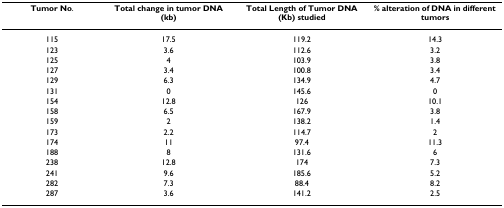
| Tumor No. | Total change in tumor DNA (kb) | Total Length of Tumor DNA (Kb) studied | % alteration of DNA in different tumors |
 | --- | --- | --- | --- |
 | 115 | 17.5 | 119.2 | 14.3 |
 | 123 | 3.6 | 112.6 | 3.2 |
 | 125 | 4 | 103.9 | 3.8 |
 | 127 | 3.4 | 100.8 | 3.4 |
 | 129 | 6.3 | 134.9 | 4.7 |
 | 131 | 0 | 145.6 | 0 |
 | 154 | 12.8 | 126 | 10.1 |
 | 158 | 6.5 | 167.9 | 3.8 |
 | 159 | 2 | 138.2 | 1.4 |
 | 173 | 2.2 | 114.7 | 2 |
 | 174 | 11 | 97.4 | 11.3 |
 | 188 | 8 | 131.6 | 6 |
 | 238 | 12.8 | 174 | 7.3 |
 | 241 | 9.6 | 185.6 | 5.2 |
 | 282 | 7.3 | 88.4 | 8.2 |
 | 287 | 3.6 | 141.2 | 2.5 |